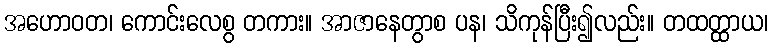
အဟောဝတ၊ ကောင်းလေစွ တကား။ အာဇာနေတွာစ ပန၊ သိကုန်ပြီး၍လည်း။ တထတ္ထာယ၊